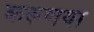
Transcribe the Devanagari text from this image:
करूणया